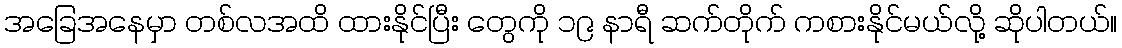
အခြေအနေမှာ တစ်လအထိ ထားနိုင်ပြီး တွေကို ၁၉ နာရီ ဆက်တိုက် ကစားနိုင်မယ်လို့ ဆိုပါတယ်။